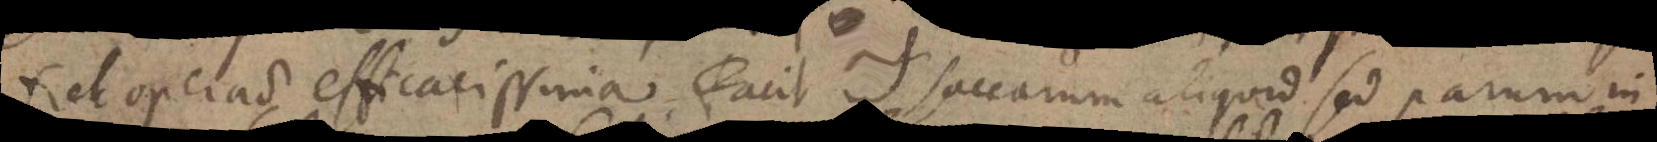
fiet operatio efficacissima. Facit et saccarum aliquid sed parum in